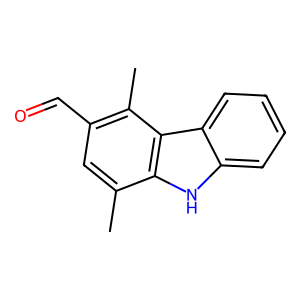
SMILES: Cc1cc(C=O)c(C)c2c1[nH]c1ccccc12
Inhibits HIV replication: No